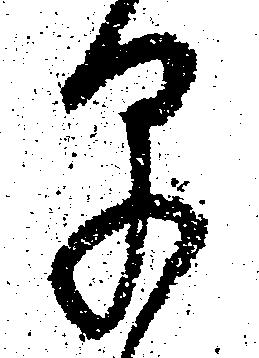
早